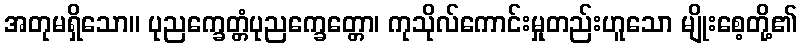
အတုမရှိသော။ ပုညက္ခေတ္တံပုညက္ခေတ္တော၊ ကုသိုလ်ကောင်းမှုတည်းဟူသော မျိုးစေ့တို့၏